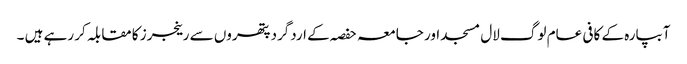
آبپارہ کے کافی عام لوگ لال مسجد اور جامعہ حفصہ کے اردگرد پتھروں سے رینجرز کا مقابلہ کر رہے ہیں ۔